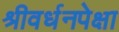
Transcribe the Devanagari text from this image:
श्रीवर्धनपेक्षा